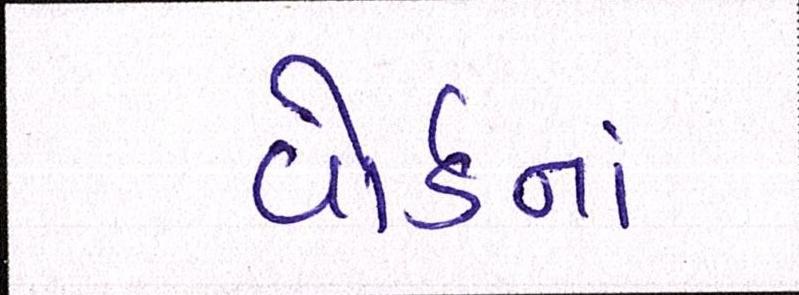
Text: વોર્ડનાં